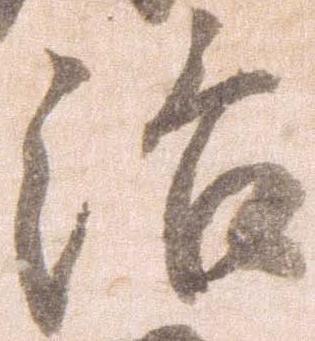
治